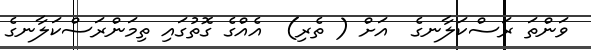
ވަންތަ ރަސްކަލާނގެ  އަށް ( ތެރި)  އެއްގެ ގޮތުގައި ތިމަންރަސްކަލާނގެ